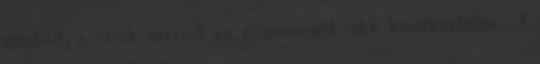
meghalt, a hírek szerint az elszenvedett sokk következtében. A